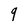
Character: 9